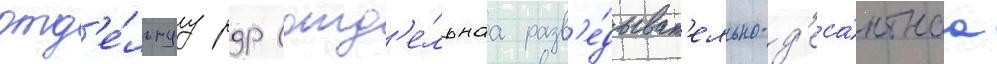
отд'е́льнуу рдр (отд'е́льнаа разв'е́дыват'ельно-д'еса́нтнаа